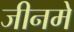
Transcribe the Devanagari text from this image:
जीनमे